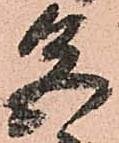
色